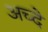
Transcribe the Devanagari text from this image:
अच्दे